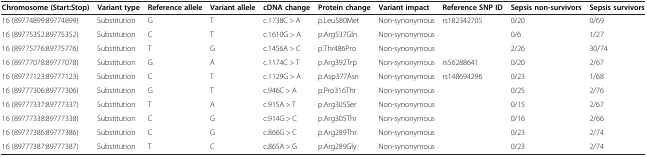
<table><thead><tr><td><b>Chromosome (Start:Stop)</b></td><td><b>Variant type</b></td><td><b>Reference allele</b></td><td><b>Variant allele</b></td><td><b>cDNA change</b></td><td><b>Protein change</b></td><td><b>Variant impact</b></td><td><b>Reference SNP ID</b></td><td><b>Sepsis non-survivors</b></td><td><b>Sepsis survivors</b></td></tr></thead><tbody><tr><td>16 (89774899:89774899)</td><td>Substitution</td><td>G</td><td>T</td><td>c.1738C &gt; A</td><td>p.Leu580Met</td><td>Non-synonymous</td><td>rs182342705</td><td>0/20</td><td>0/69</td></tr><tr><td>16 (89775352:89775352)</td><td>Substitution</td><td>C</td><td>T</td><td>c.1610G &gt; A</td><td>p.Arg537Gln</td><td>Non-synonymous</td><td></td><td>0/6</td><td>1/27</td></tr><tr><td>16 (89775776:89775776)</td><td>Substitution</td><td>T</td><td>G</td><td>c.1456A &gt; C</td><td>p.Thr486Pro</td><td>Non-synonymous</td><td></td><td>2/26</td><td>30/74</td></tr><tr><td>16 (89777078:89777078)</td><td>Substitution</td><td>G</td><td>A</td><td>c.1174C &gt; T</td><td>p.Arg392Trp</td><td>Non-synonymous</td><td>rs56288641</td><td>0/20</td><td>2/67</td></tr><tr><td>16 (89777123:89777123)</td><td>Substitution</td><td>C</td><td>T</td><td>c.1129G &gt; A</td><td>p.Asp377Asn</td><td>Non-synonymous</td><td>rs148694296</td><td>0/23</td><td>1/68</td></tr><tr><td>16 (89777306:89777306)</td><td>Substitution</td><td>G</td><td>T</td><td>c.946C &gt; A</td><td>p.Pro316Thr</td><td>Non-synonymous</td><td></td><td>0/25</td><td>2/76</td></tr><tr><td>16 (89777337:89777337)</td><td>Substitution</td><td>T</td><td>A</td><td>c.915A &gt; T</td><td>p.Arg305Ser</td><td>Non-synonymous</td><td></td><td>0/15</td><td>2/67</td></tr><tr><td>16 (89777338:89777338)</td><td>Substitution</td><td>C</td><td>G</td><td>c.914G &gt; C</td><td>p.Arg305Thr</td><td>Non-synonymous</td><td></td><td>0/16</td><td>2/66</td></tr><tr><td>16 (89777386:89777386)</td><td>Substitution</td><td>C</td><td>G</td><td>c.866G &gt; C</td><td>p.Arg289Thr</td><td>Non-synonymous</td><td></td><td>0/23</td><td>2/74</td></tr><tr><td>16 (89777387:89777387)</td><td>Substitution</td><td>T</td><td>C</td><td>c.865A &gt; G</td><td>p.Arg289Gly</td><td>Non-synonymous</td><td></td><td>0/23</td><td>2/74</td></tr></tbody></table>